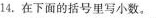
14.在下面的括号里写小数。